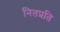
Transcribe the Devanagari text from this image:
नितप्रति